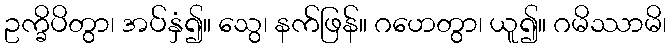
ဥက္ခိပိတွာ၊ အပ်နှံ၍။ သွေ၊ နက်ဖြန်။ ဂဟေတွာ၊ ယူ၍။ ဂမိဿာမိ၊